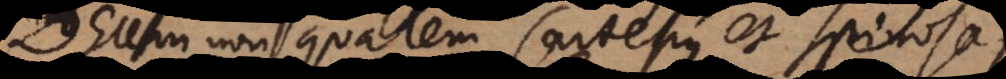
Deum non qualem Cartesius et Spinosa,